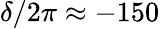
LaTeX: \delta/2\pi\approx-150